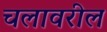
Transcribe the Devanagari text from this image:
चलावरील